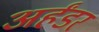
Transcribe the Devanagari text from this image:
अर्हंडर